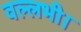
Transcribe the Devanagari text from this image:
वल्लभी।